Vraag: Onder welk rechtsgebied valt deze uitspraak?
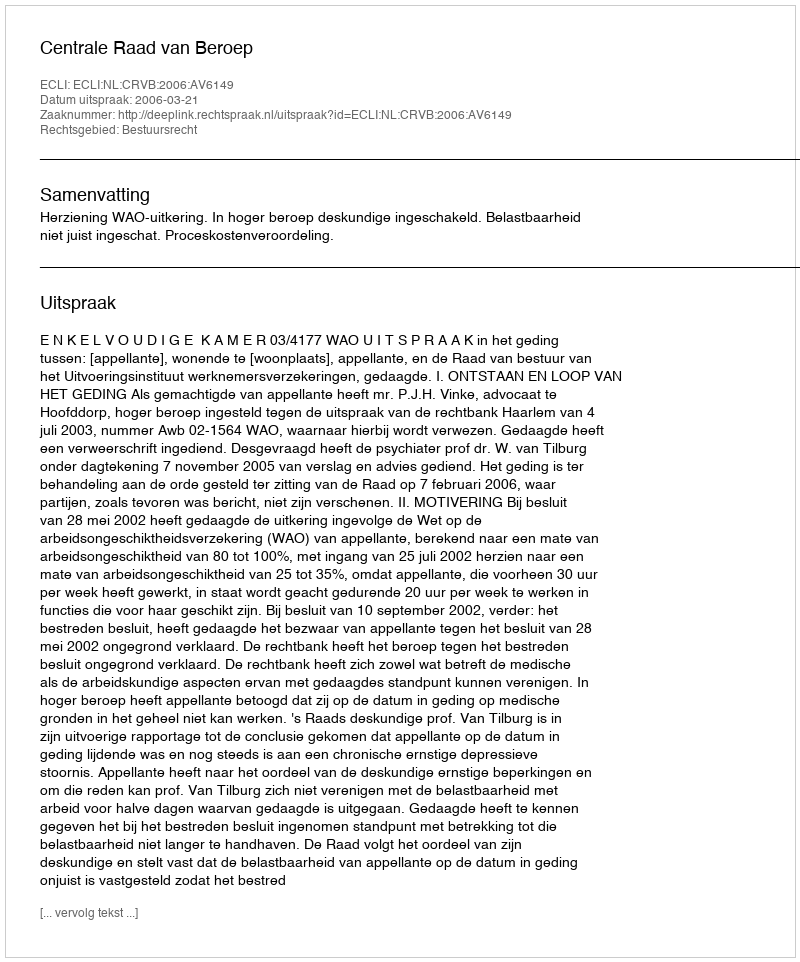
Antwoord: Bestuursrecht